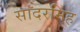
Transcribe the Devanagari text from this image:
सादरमिह